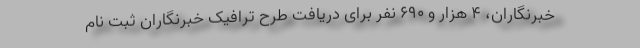
خبرنگاران، ٤ هزار و ٦٩٠ نفر برای دریافت طرح ترافیک خبرنگاران ثبت نام